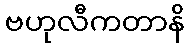
ဗဟုလီကတာနိ